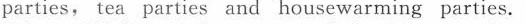
parties, tea parties and housewarming parties.